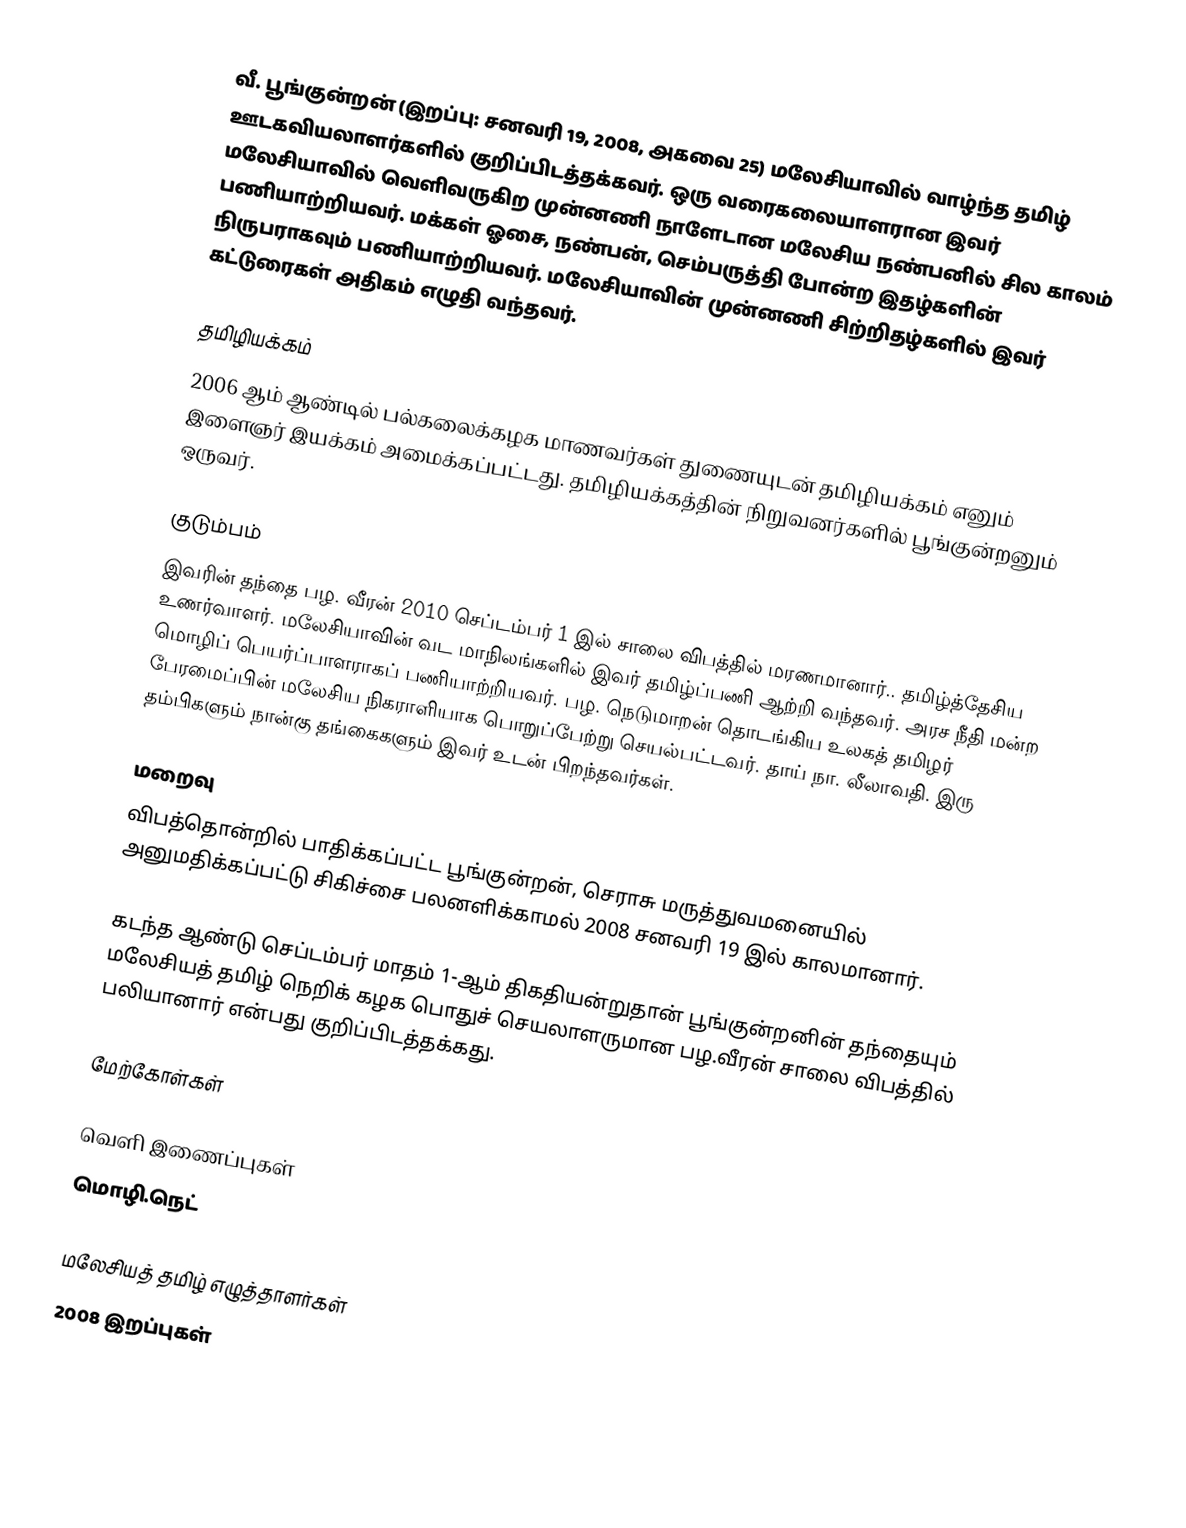
வீ. பூங்குன்றன் (இறப்பு: சனவரி 19, 2008, அகவை 25) மலேசியாவில் வாழ்ந்த  தமிழ் ஊடகவியலாளர்களில் குறிப்பிடத்தக்கவர். ஒரு வரைகலையாளரான இவர் மலேசியாவில் வெளிவருகிற முன்னணி நாளேடான மலேசிய நண்பனில் சில காலம் பணியாற்றியவர். மக்கள் ஓசை, நண்பன், செம்பருத்தி போன்ற இதழ்களின் நிருபராகவும் பணியாற்றியவர். மலேசியாவின் முன்னணி சிற்றிதழ்களில் இவர் கட்டுரைகள் அதிகம் எழுதி வந்தவர்.

தமிழியக்கம்
2006 ஆம் ஆண்டில் பல்கலைக்கழக மாணவர்கள் துணையுடன் தமிழியக்கம் எனும் இளைஞர் இயக்கம் அமைக்கப்பட்டது. தமிழியக்கத்தின் நிறுவனர்களில் பூங்குன்றனும் ஒருவர்.

குடும்பம்
இவரின் தந்தை பழ. வீரன் 2010 செப்டம்பர் 1 இல் சாலை விபத்தில் மரணமானார்.. தமிழ்த்தேசிய உணர்வாளர். மலேசியாவின் வட மாநிலங்களில் இவர் தமிழ்ப்பணி ஆற்றி வந்தவர். அரச நீதி மன்ற மொழிப் பெயர்ப்பாளராகப் பணியாற்றியவர். பழ. நெடுமாறன் தொடங்கிய உலகத் தமிழர் பேரமைப்பின் மலேசிய நிகராளியாக பொறுப்பேற்று செயல்பட்டவர். தாய் நா. லீலாவதி. இரு தம்பிகளும் நான்கு தங்கைகளும் இவர் உடன் பிறந்தவர்கள்.

மறைவு
விபத்தொன்றில் பாதிக்கப்பட்ட பூங்குன்றன், செராசு மருத்துவமனையில் அனுமதிக்கப்பட்டு சிகிச்சை பலனளிக்காமல் 2008 சனவரி 19 இல் காலமானார்.

கடந்த ஆண்டு செப்டம்பர் மாதம் 1-ஆம் திகதியன்றுதான் பூங்குன்றனின் தந்தையும் மலேசியத் தமிழ் நெறிக் கழக பொதுச் செயலாளருமான பழ.வீரன் சாலை விபத்தில் பலியானார் என்பது குறிப்பிடத்தக்கது.

மேற்கோள்கள்

வெளி இணைப்புகள்
 மொழி.நெட்

மலேசியத் தமிழ் எழுத்தாளர்கள்
2008 இறப்புகள்